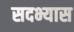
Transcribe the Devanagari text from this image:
सदभ्यास